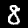
Digit: 8